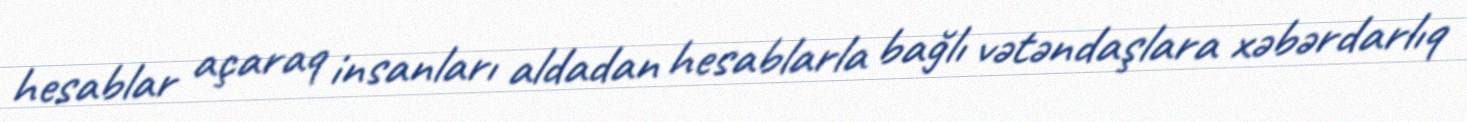
hesablar açaraq insanları aldadan hesablarla bağlı vətəndaşlara xəbərdarlıq